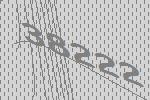
38222